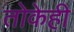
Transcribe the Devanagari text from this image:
तोकेही